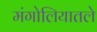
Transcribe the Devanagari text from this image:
मंगोलियातले